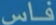
فاس